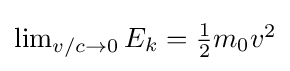
{\textstyle \lim _{v/c\to 0}E_{k}={\tfrac {1}{2}}m_{0}v^{2}}